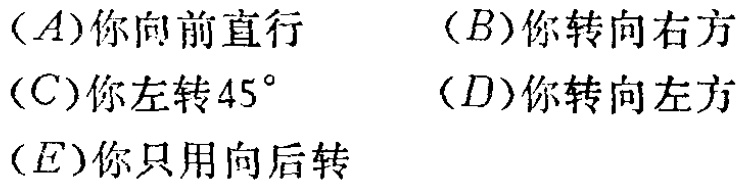
$(A)\text{你向前直行} \quad (B)\text{你转向右方} \\
(C)\text{你左转}45^{\circ} \quad (D)\text{你转向左方} \\
(E)\text{你只用向后转}$